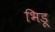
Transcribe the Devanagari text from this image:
भिडू